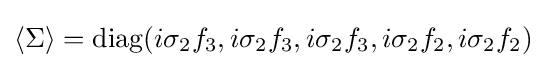
\langle \Sigma \rangle ={\mbox{diag}}(i\sigma _{2}f_{3},i\sigma _{2}f_{3},i\sigma _{2}f_{3},i\sigma _{2}f_{2},i\sigma _{2}f_{2})